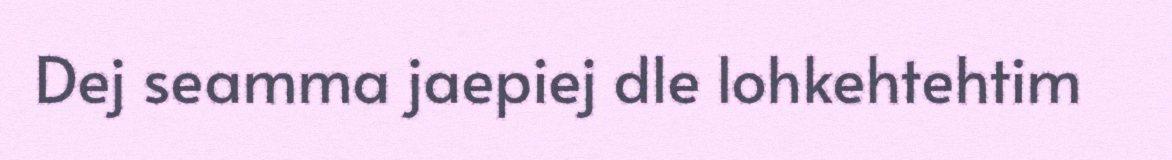
Dej seamma jaepiej dle lohkehtehtim